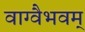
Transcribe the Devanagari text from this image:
वाग्वैभवम्